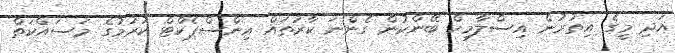
އަދި މީގެ އިތުރުން އިސްލާމިކް ބޭންކުން ގެންނަ ކާރުތައް އިންސްޕެކްޓް ކުރުމުގެ މަސައްކަތް